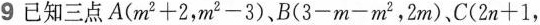
9 已知三点A($$m 2 + 2$$，$$m 2 - 3$$)、B($$ 3 - m - m 2$$，2m)，C($$2 n + 1$$，